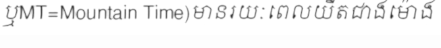
ឬMT=Mountain Time)មានរយៈពេលយឺតជាងម៉ោង